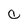
Character: C